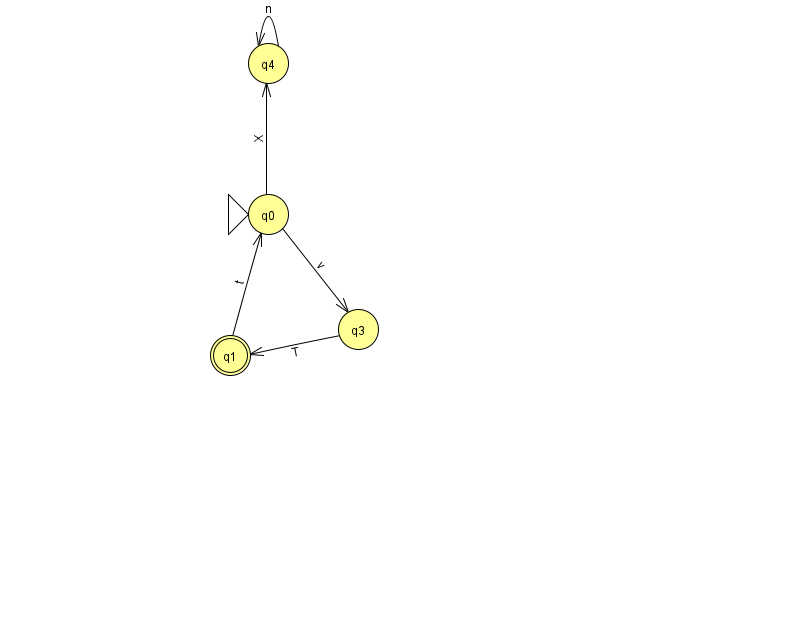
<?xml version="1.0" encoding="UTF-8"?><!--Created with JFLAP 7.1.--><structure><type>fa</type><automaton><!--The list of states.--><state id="0" name="q0"><x>268.0</x><y>201.0</y><initial/></state><state id="1" name="q1"><x>230.0</x><y>342.0</y><final/></state><state id="3" name="q3"><x>358.0</x><y>316.0</y></state><state id="4" name="q4"><x>268.0</x><y>50.0</y></state><!--The list of transitions.--><transition><from>0</from><to>4</to><read>X</read></transition><transition><from>3</from><to>1</to><read>T</read></transition><transition><from>1</from><to>0</to><read>t</read></transition><transition><from>0</from><to>3</to><read>v</read></transition><transition><from>4</from><to>4</to><read>n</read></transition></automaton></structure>